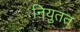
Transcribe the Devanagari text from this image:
नियुतत